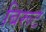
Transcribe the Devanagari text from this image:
बिरूट